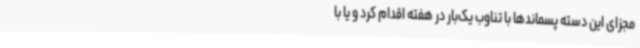
مجزای این دسته پسماندها با تناوب یک‌بار در هفته اقدام کرد و یا با